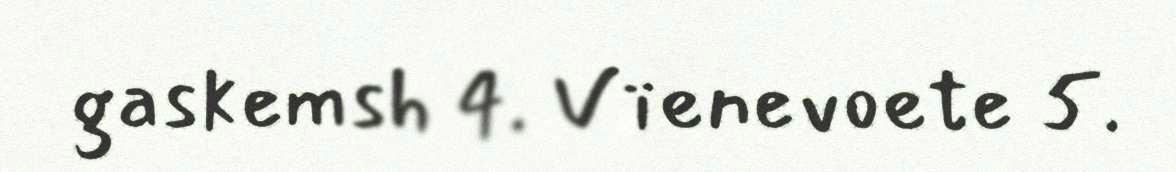
gaskemsh 4. Vïenevoete 5.